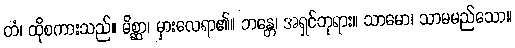
တံ၊ ထိုစကားသည်။ မိစ္ဆာ၊ မှားလေရာ၏။ ဘန္တေ၊ အရှင်ဘုရား။ သာမော၊ သာမမည်သော။